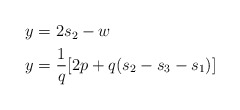
\begin{align*}\begin{aligned}y& = 2s_2 - w \\y& = \frac{1} {q} [ 2p + q ( s_2 - s_3 - s_1 ) ] \\\end{aligned}\end{align*}